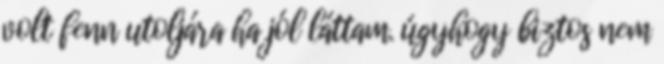
volt fenn utoljára ha jól láttam. úgyhogy biztos nem